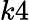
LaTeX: k4